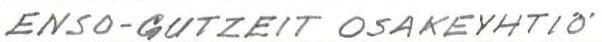
ENSO-GUTZEIT OSAKEYHTIÖ